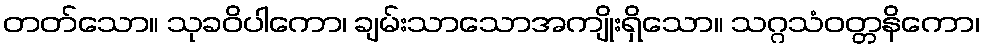
တတ်သော။ သုခဝိပါကော၊ ချမ်းသာသောအကျိုးရှိသော။ သဂ္ဂသံဝတ္တနိကော၊